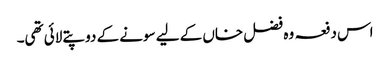
اس دفعہ وہ فضل خاں کے لیے سونے کے دو پتے لائی تھی۔